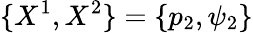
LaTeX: \{ X^{1},X^{2}\} =\{ p_{2},\psi_{2}\}